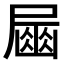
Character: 𡳘